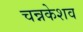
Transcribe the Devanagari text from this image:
चन्नकेशव